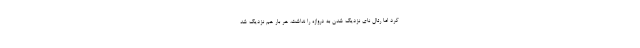
کرد اما رئال نای نزدیک شدن به دروازه را نداشت، هر بار هم نزدیک شد